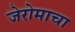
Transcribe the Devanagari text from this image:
जेरोमाचा